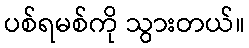
ပစ်ရမစ်ကို သွားတယ်။